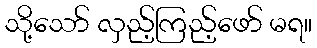
သို့သော် လှည့်ကြည့်ဖော် မရ။